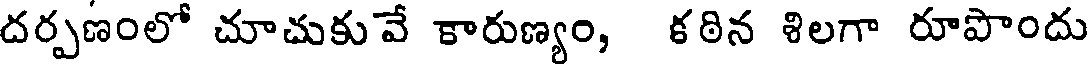
దర్పణంలో చూచుకువే కారుణ్యం, కఠిన శిలగా రూపొందు